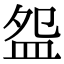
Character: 盌